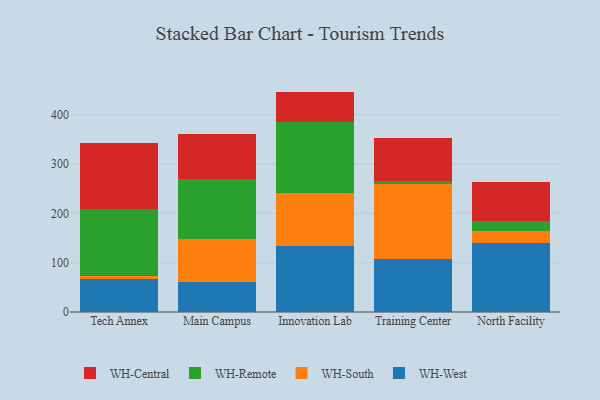
{"axis": {"x": "Campus", "y": "Waste Production (Tons)"}, "legend": ["WH-Central", "WH-Remote", "WH-South", "WH-West"], "data": [{"x": "Tech Annex", "y": 66.9, "type": "WH-West"}, {"x": "Tech Annex", "y": 6.2, "type": "WH-South"}, {"x": "Tech Annex", "y": 136.3, "type": "WH-Remote"}, {"x": "Tech Annex", "y": 133.2, "type": "WH-Central"}, {"x": "Main Campus", "y": 60.3, "type": "WH-West"}, {"x": "Main Campus", "y": 87.8, "type": "WH-South"}, {"x": "Main Campus", "y": 121.2, "type": "WH-Remote"}, {"x": "Main Campus", "y": 91.9, "type": "WH-Central"}, {"x": "Innovation Lab", "y": 134.0, "type": "WH-West"}, {"x": "Innovation Lab", "y": 107.9, "type": "WH-South"}, {"x": "Innovation Lab", "y": 142.2, "type": "WH-Remote"}, {"x": "Innovation Lab", "y": 62.6, "type": "WH-Central"}, {"x": "Training Center", "y": 108.4, "type": "WH-West"}, {"x": "Training Center", "y": 151.0, "type": "WH-South"}, {"x": "Training Center", "y": 7.0, "type": "WH-Remote"}, {"x": "Training Center", "y": 85.8, "type": "WH-Central"}, {"x": "North Facility", "y": 140.8, "type": "WH-West"}, {"x": "North Facility", "y": 22.4, "type": "WH-South"}, {"x": "North Facility", "y": 21.5, "type": "WH-Remote"}, {"x": "North Facility", "y": 78.2, "type": "WH-Central"}]}